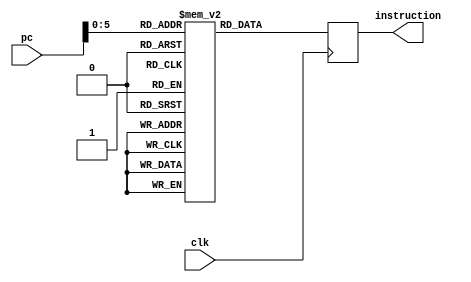
module mips_instructions(
	input [31:0]pc,
	input clk,
	output [15:0]instruction);

	// 16 bit 35 pieces instruction memory
	reg [15:0] instruction_memory [34:0];

	reg [15:0] t_instruction;
	
	// in the positive edge of the clock,
	// which means it is a sw, the instruction at the given address(pc) is received.
	always @(posedge clk)
		begin
			t_instruction <= instruction_memory[pc];
		end
	assign instruction = t_instruction;

endmodule